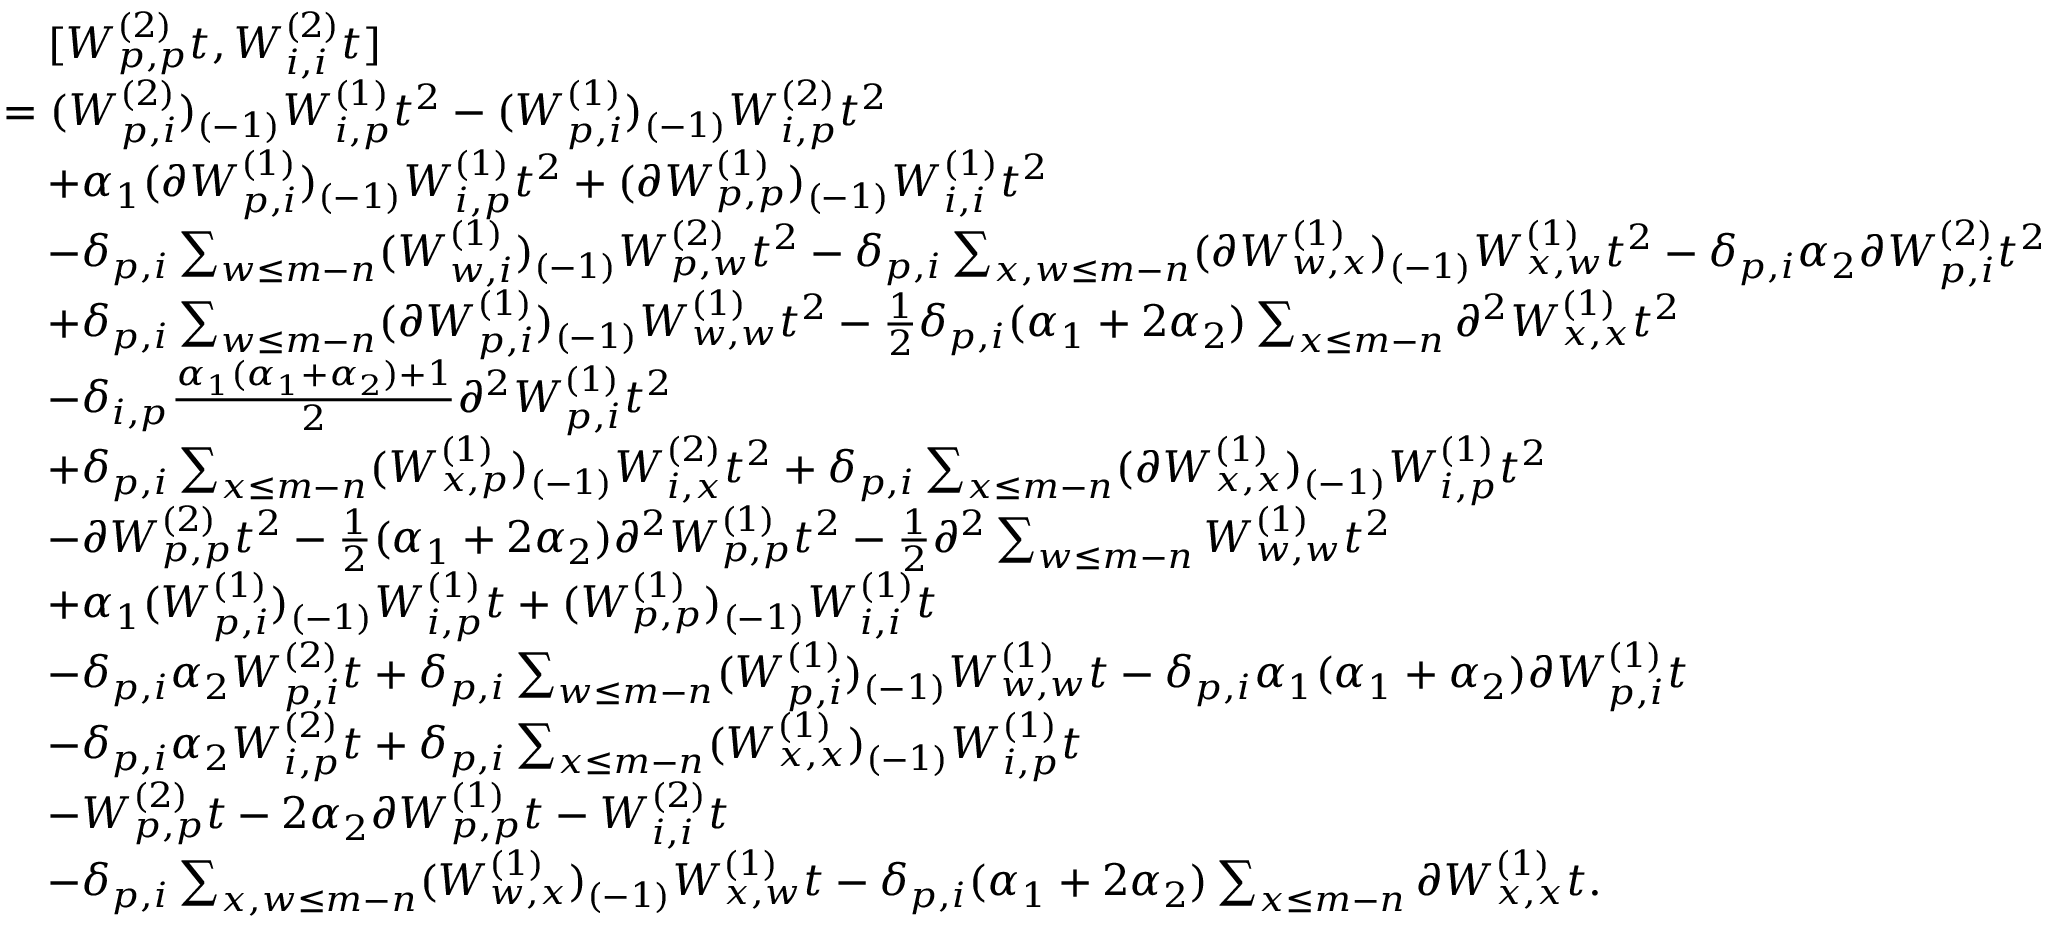
\begin{array} { r l } & { \quad [ W _ { p , p } ^ { ( 2 ) } t , W _ { i , i } ^ { ( 2 ) } t ] } \\ & { = ( W _ { p , i } ^ { ( 2 ) } ) _ { ( - 1 ) } W _ { i , p } ^ { ( 1 ) } t ^ { 2 } - ( W _ { p , i } ^ { ( 1 ) } ) _ { ( - 1 ) } W _ { i , p } ^ { ( 2 ) } t ^ { 2 } } \\ & { \quad + \alpha _ { 1 } ( \partial W _ { p , i } ^ { ( 1 ) } ) _ { ( - 1 ) } W _ { i , p } ^ { ( 1 ) } t ^ { 2 } + ( \partial W _ { p , p } ^ { ( 1 ) } ) _ { ( - 1 ) } W _ { i , i } ^ { ( 1 ) } t ^ { 2 } } \\ & { \quad - \delta _ { p , i } \sum _ { w \leq m - n } ( W _ { w , i } ^ { ( 1 ) } ) _ { ( - 1 ) } W _ { p , w } ^ { ( 2 ) } t ^ { 2 } - \delta _ { p , i } \sum _ { x , w \leq m - n } ( \partial W _ { w , x } ^ { ( 1 ) } ) _ { ( - 1 ) } W _ { x , w } ^ { ( 1 ) } t ^ { 2 } - \delta _ { p , i } \alpha _ { 2 } \partial W _ { p , i } ^ { ( 2 ) } t ^ { 2 } } \\ & { \quad + \delta _ { p , i } \sum _ { w \leq m - n } ( \partial W _ { p , i } ^ { ( 1 ) } ) _ { ( - 1 ) } W _ { w , w } ^ { ( 1 ) } t ^ { 2 } - \frac { 1 } { 2 } \delta _ { p , i } ( \alpha _ { 1 } + 2 \alpha _ { 2 } ) \sum _ { x \leq m - n } \partial ^ { 2 } W _ { x , x } ^ { ( 1 ) } t ^ { 2 } } \\ & { \quad - \delta _ { i , p } \frac { \alpha _ { 1 } ( \alpha _ { 1 } + \alpha _ { 2 } ) + 1 } { 2 } \partial ^ { 2 } W _ { p , i } ^ { ( 1 ) } t ^ { 2 } } \\ & { \quad + \delta _ { p , i } \sum _ { x \leq m - n } ( W _ { x , p } ^ { ( 1 ) } ) _ { ( - 1 ) } W _ { i , x } ^ { ( 2 ) } t ^ { 2 } + \delta _ { p , i } \sum _ { x \leq m - n } ( \partial W _ { x , x } ^ { ( 1 ) } ) _ { ( - 1 ) } W _ { i , p } ^ { ( 1 ) } t ^ { 2 } } \\ & { \quad - \partial W _ { p , p } ^ { ( 2 ) } t ^ { 2 } - \frac { 1 } { 2 } ( \alpha _ { 1 } + 2 \alpha _ { 2 } ) \partial ^ { 2 } W _ { p , p } ^ { ( 1 ) } t ^ { 2 } - \frac { 1 } { 2 } \partial ^ { 2 } \sum _ { w \leq m - n } W _ { w , w } ^ { ( 1 ) } t ^ { 2 } } \\ & { \quad + \alpha _ { 1 } ( W _ { p , i } ^ { ( 1 ) } ) _ { ( - 1 ) } W _ { i , p } ^ { ( 1 ) } t + ( W _ { p , p } ^ { ( 1 ) } ) _ { ( - 1 ) } W _ { i , i } ^ { ( 1 ) } t } \\ & { \quad - \delta _ { p , i } \alpha _ { 2 } W _ { p , i } ^ { ( 2 ) } t + \delta _ { p , i } \sum _ { w \leq m - n } ( W _ { p , i } ^ { ( 1 ) } ) _ { ( - 1 ) } W _ { w , w } ^ { ( 1 ) } t - \delta _ { p , i } \alpha _ { 1 } ( \alpha _ { 1 } + \alpha _ { 2 } ) \partial W _ { p , i } ^ { ( 1 ) } t } \\ & { \quad - \delta _ { p , i } \alpha _ { 2 } W _ { i , p } ^ { ( 2 ) } t + \delta _ { p , i } \sum _ { x \leq m - n } ( W _ { x , x } ^ { ( 1 ) } ) _ { ( - 1 ) } W _ { i , p } ^ { ( 1 ) } t } \\ & { \quad - W _ { p , p } ^ { ( 2 ) } t - 2 \alpha _ { 2 } \partial W _ { p , p } ^ { ( 1 ) } t - W _ { i , i } ^ { ( 2 ) } t } \\ & { \quad - \delta _ { p , i } \sum _ { x , w \leq m - n } ( W _ { w , x } ^ { ( 1 ) } ) _ { ( - 1 ) } W _ { x , w } ^ { ( 1 ) } t - \delta _ { p , i } ( \alpha _ { 1 } + 2 \alpha _ { 2 } ) \sum _ { x \leq m - n } \partial W _ { x , x } ^ { ( 1 ) } t . } \end{array}